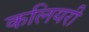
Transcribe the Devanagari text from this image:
कलियरी